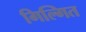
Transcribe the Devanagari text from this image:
गिल्गित